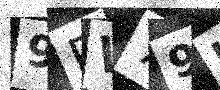
Text: 9PW79J